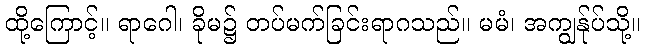
ထို့ကြောင့်။ ရာဂေါ၊ ခိုမ၌ တပ်မက်ခြင်းရာဂသည်။ မမံ၊ အကျွန်ုပ်သို့။